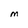
Character: M